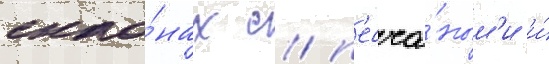
скло́нах с п'есча́ным'и и́